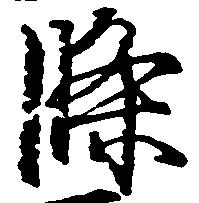
条